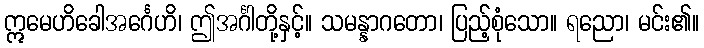
ဣမေဟိခေါအင်္ဂေဟိ၊ ဤအင်္ဂါတို့နှင့်။ သမန္နာဂတော၊ ပြည့်စုံသော။ ရညော၊ မင်း၏။